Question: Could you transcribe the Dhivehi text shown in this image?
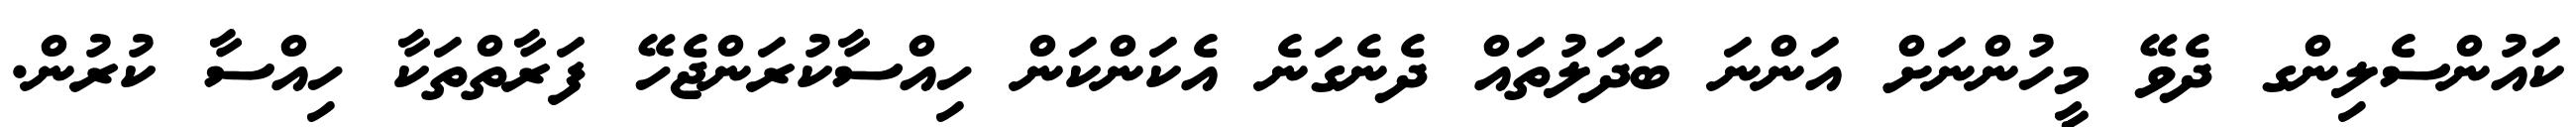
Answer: ކައުންސެލިންގ ދެވޭ މީހުންނަށް އަންނަ ބަދަލުތައް ދެނެގަނެ އެކަންކަން ހިއްސާކުރަންޖެހޭ ފަރާތްތަކާ ހިއްސާ ކުރުން.